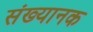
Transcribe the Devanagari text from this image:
संख्यानक